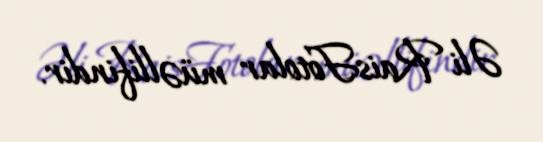
Əli RaisFotolar müəllifindir.